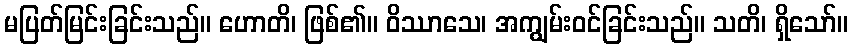
မပြတ်မြင်းခြင်းသည်။ ဟောတိ၊ ဖြစ်၏။ ဝိဿာသေ၊ အကျွမ်းဝင်ခြင်းသည်။ သတိ၊ ရှိသော်။